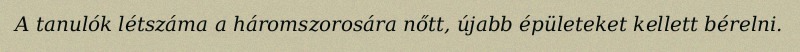
A tanulók létszáma a háromszorosára nőtt, újabb épületeket kellett bérelni.